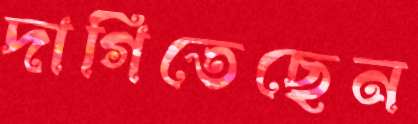
দাগিতেছেন